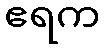
ဧရက